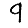
Digit: 9